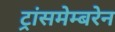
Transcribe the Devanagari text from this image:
ट्रांसमेम्बरेन